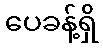
ပေခန့်ရှိ